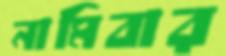
নামিবার